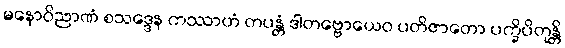
မနောဝိညာဏံ စသဒ္ဒေန ကဿာဟံ တပန္တံ ဒါတဗ္ဗောယေဝ ပတိဇာတော ပက္ခိပိတုန္တိ